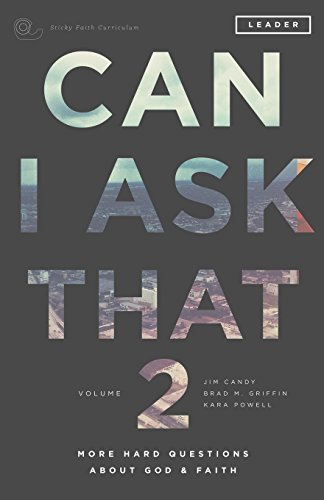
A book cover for Can I Ask That Volume 2: More Hard Questions About God & Faith [Sticky Faith Curriculum] Leader Guide; Jim Candy; Christian Books & Bibles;